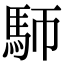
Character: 𩡸